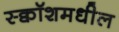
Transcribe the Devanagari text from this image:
स्क्वॉशमधील